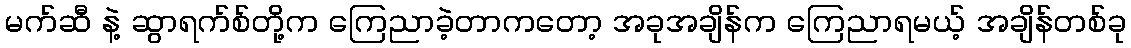
မက်ဆီ နဲ့ ဆွာရက်စ်တို့က ကြေညာခဲ့တာကတော့ အခုအချိန်က ကြေညာရမယ့် အချိန်တစ်ခု